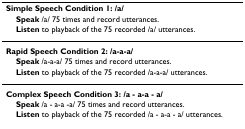
<table><thead><tr><td><b>Simple Speech Condition 1: /a/</b></td></tr><tr><td><b> Speak /a/ 75 times and record utterances.</b></td></tr><tr><td><b> Listen to playback of the 75 recorded /a/ utterances.</b></td></tr></thead><tbody><tr><td><b>Rapid Speech Condition 2: /a-a-a/</b></td></tr><tr><td> <b>Speak </b>/a-a-a/ 75 times and record utterances.</td></tr><tr><td> <b>Listen </b>to playback of the 75 recorded /a-a-a/ utterances.</td></tr><tr><td><b>Complex Speech Condition 3: /a - a-a - a/</b></td></tr><tr><td> <b>Speak </b>/a - a-a -a/ 75 times and record utterances.</td></tr><tr><td> <b>Listen </b>to playback of the 75 recorded /a - a-a - a/ utterances.</td></tr></tbody></table>